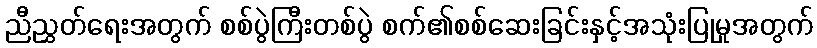
ညီညွှတ်ရေးအတွက် စစ်ပွဲကြီးတစ်ပွဲ စက်၏စစ်ဆေးခြင်းနှင့်အသုံးပြုမှုအတွက်